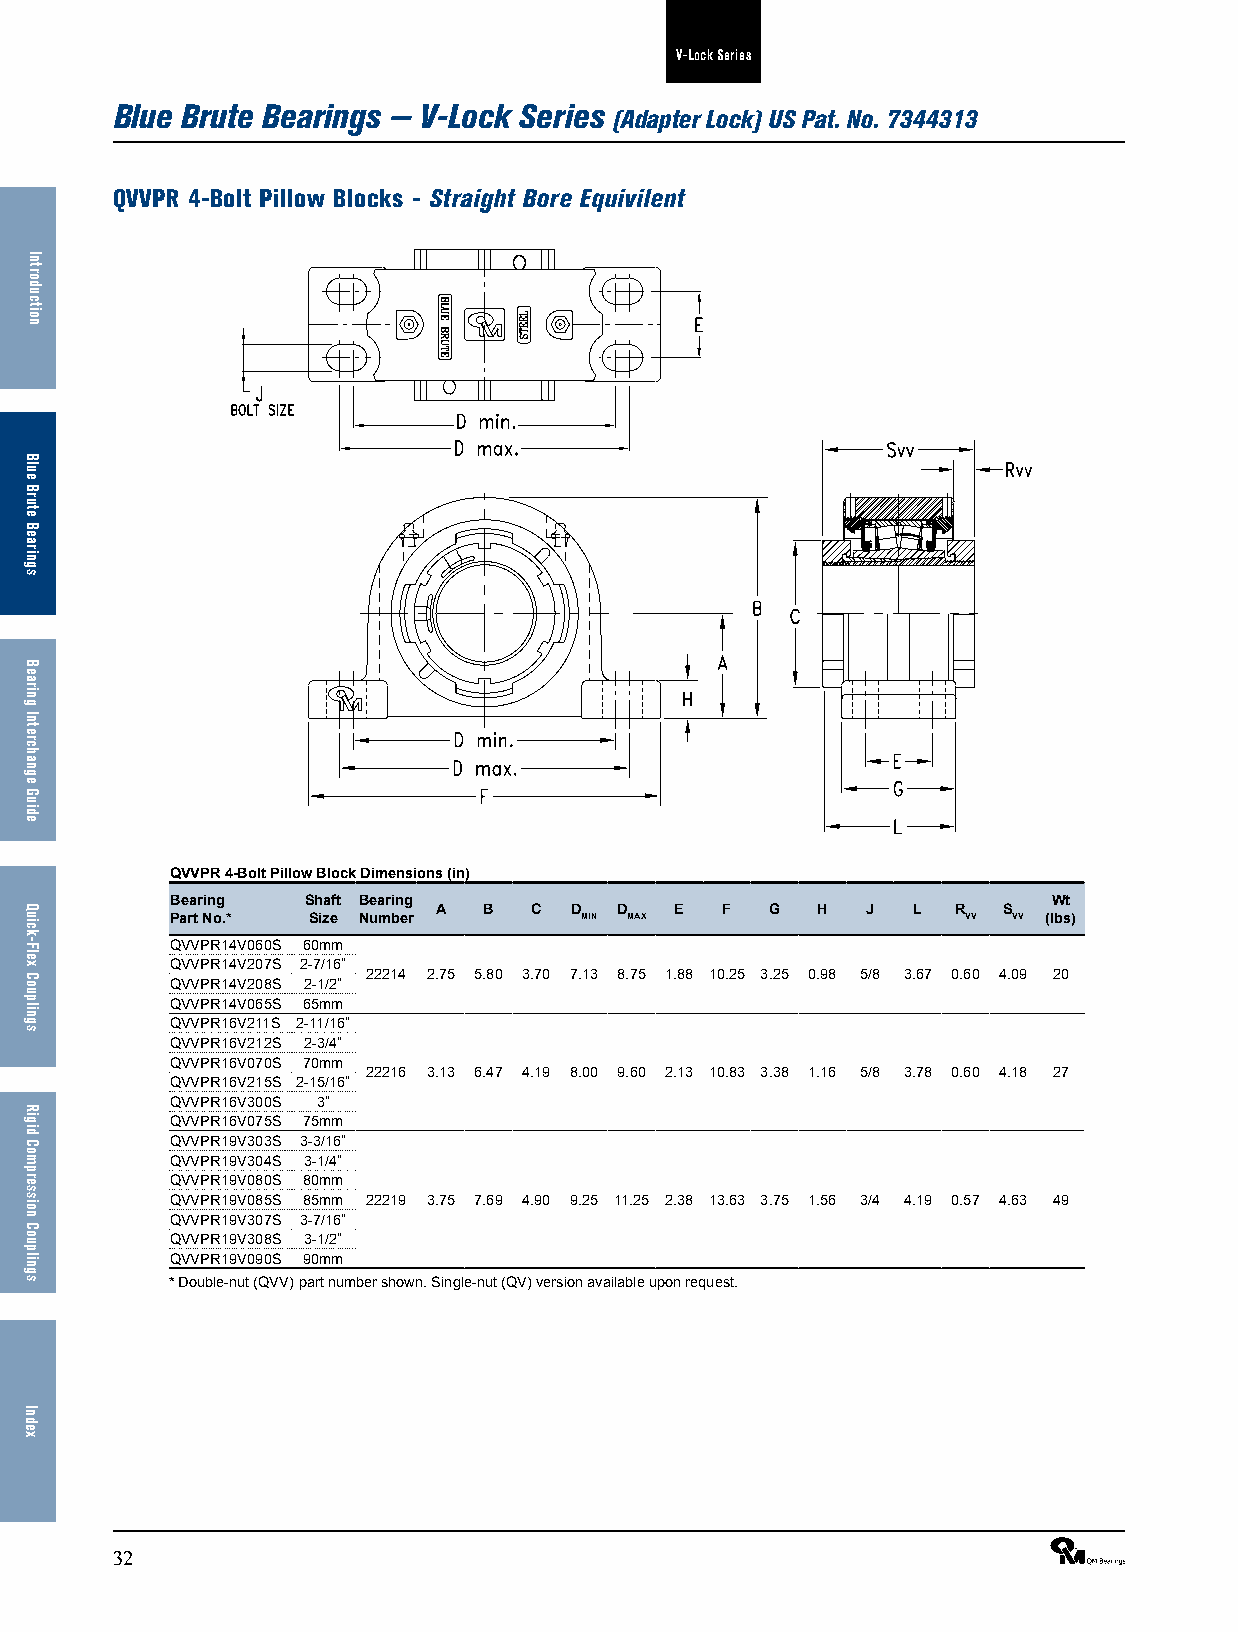
V-Lock Series
 Blue Brute Bearings — V-Lock Series
 (Adapter Lock) US Pat. No. 7344313
 QVVPR 4-Bolt Pillow Blocks - Straight Bore Equivilent
 QVVPR 4-Bolt Pillow Block Dimensions (in)
 Bearing  Shaft Bearing                                     Wt
 A  B  C  D  D   E  F  G  H  J  L  R  S
 Part No.* Size Number      MIN MAX                   VV VV (lbs)
 QVVPR14V060S 60mm
 QVVPR14V207S 2-7/16”
 22214 2.75 5.80 3.70 7.13 8.75 1.88 10.25 3.25 0.98 5/8 3.67 0.60 4.09 20
 QVVPR14V208S 2-1/2”
 QVVPR14V065S 65mm
 QVVPR16V211S 2-11/16”
 QVVPR16V212S 2-3/4”
 QVVPR16V070S 70mm
 22216 3.13 6.47 4.19 8.00 9.60 2.13 10.83 3.38 1.16 5/8 3.78 0.60 4.18 27
 QVVPR16V215S 2-15/16”
 QVVPR16V300S 3”
 QVVPR16V075S 75mm
 QVVPR19V303S 3-3/16”
 QVVPR19V304S 3-1/4”
 QVVPR19V080S 80mm
 QVVPR19V085S 85mm 22219 3.75 7.69 4.90 9.25 11.25 2.38 13.63 3.75 1.56 3/4 4.19 0.57 4.63 49
 QVVPR19V307S 3-7/16”
 QVVPR19V308S 3-1/2”
 QVVPR19V090S 90mm
 * Double-nut (QVV) part number shown. Single-nut (QV) version available upon request.
 32                                                              ®
 Introduction
 Blue
 Brute
 Bearings
 Bearing
 Interchange
 Guide
 Quick-Flex
 Couplings
 Rigid
 Compression
 Couplings
 Index